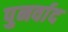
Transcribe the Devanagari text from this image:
पुनर्वाद